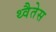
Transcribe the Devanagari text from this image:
थ्वैतेस